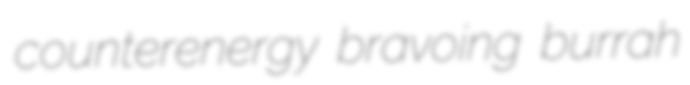
counterenergy bravoing burrah